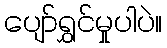
ပျော်ရွှင်မှုပါပဲ။